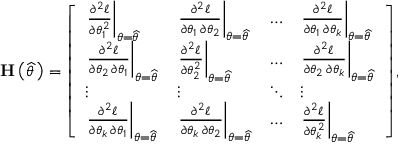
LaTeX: \mathbf { H } \left( { \widehat { \theta \, } } \right) = { \left[ \begin{array} { l l l l } { \left. { \frac { \partial ^ { 2 } \ell } { \partial \theta _ { 1 } ^ { 2 } } } \right| _ { \theta = { \widehat { \theta \, } } } } & { \left. { \frac { \partial ^ { 2 } \ell } { \partial \theta _ { 1 } \, \partial \theta _ { 2 } } } \right| _ { \theta = { \widehat { \theta \, } } } } & { \dots } & { \left. { \frac { \partial ^ { 2 } \ell } { \partial \theta _ { 1 } \, \partial \theta _ { k } } } \right| _ { \theta = { \widehat { \theta \, } } } } \\ { \left. { \frac { \partial ^ { 2 } \ell } { \partial \theta _ { 2 } \, \partial \theta _ { 1 } } } \right| _ { \theta = { \widehat { \theta \, } } } } & { \left. { \frac { \partial ^ { 2 } \ell } { \partial \theta _ { 2 } ^ { 2 } } } \right| _ { \theta = { \widehat { \theta \, } } } } & { \dots } & { \left. { \frac { \partial ^ { 2 } \ell } { \partial \theta _ { 2 } \, \partial \theta _ { k } } } \right| _ { \theta = { \widehat { \theta \, } } } } \\ { \vdots } & { \vdots } & { \ddots } & { \vdots } \\ { \left. { \frac { \partial ^ { 2 } \ell } { \partial \theta _ { k } \, \partial \theta _ { 1 } } } \right| _ { \theta = { \widehat { \theta \, } } } } & { \left. { \frac { \partial ^ { 2 } \ell } { \partial \theta _ { k } \, \partial \theta _ { 2 } } } \right| _ { \theta = { \widehat { \theta \, } } } } & { \dots } & { \left. { \frac { \partial ^ { 2 } \ell } { \partial \theta _ { k } ^ { 2 } } } \right| _ { \theta = { \widehat { \theta \, } } } } \end{array} \right] } ,